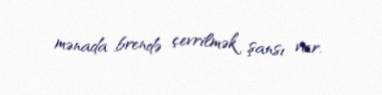
mənada brendə çevrilmək şansı var.